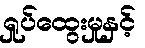
ရှုပ်ထွေးမှုနှင့်